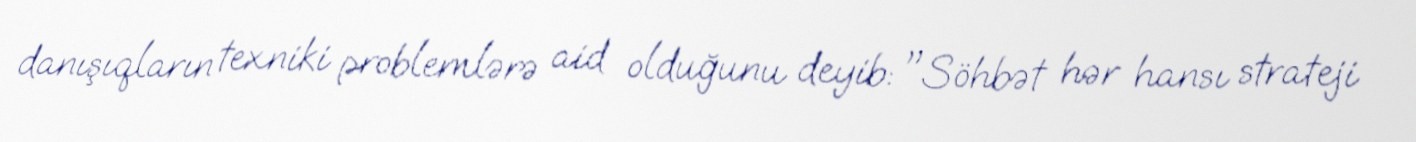
danışıqların texniki problemlərə aid olduğunu deyib: "Söhbət hər hansı strateji